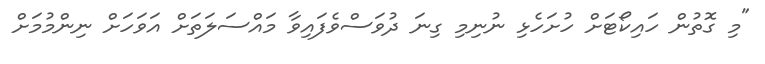
"މި ގޮތުން ހައިކޯޓަށް ހުށަހެޅި ނުނިމި ގިނަ ދުވަސްވެފައިވާ މައްސަލަތަށް އަވަހަށް ނިންމުމަށް